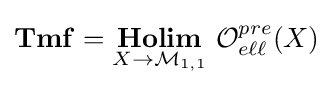
\mathbf {Tmf} ={\underset {X\to {\mathcal {M}}_{1,1}}{\textbf {Holim}}}{\text{ }}{\mathcal {O}}_{e\ell \ell }^{pre}(X)